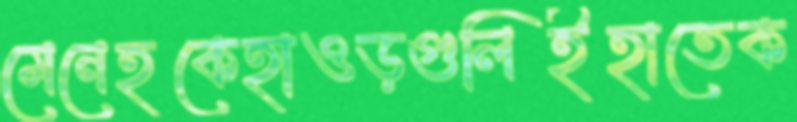
মেনেহকেহাওড়গুলিইহাতেক